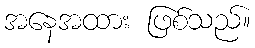
အနေအထား ဖြစ်သည်။